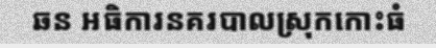
ឆន អធិការនគរបាលស្រុកកោះធំ